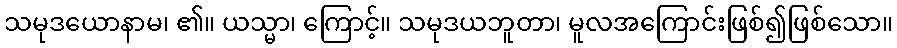
သမုဒယောနာမ၊ ၏။ ယသ္မာ၊ ကြောင့်။ သမုဒယဘူတာ၊ မူလအကြောင်းဖြစ်၍ဖြစ်သော။